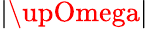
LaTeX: |\upOmega|